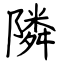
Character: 隣